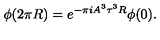
\phi ( 2 \pi R ) = e ^ { - \pi i A ^ { 3 } \tau ^ { 3 } R } \phi ( 0 ) .